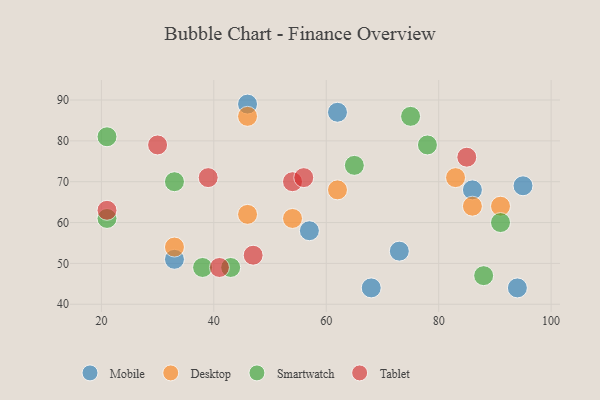
{"axis": {"x": "GDP", "y": "Life Expectancy"}, "legend": ["Desktop", "Mobile", "Smartwatch", "Tablet"], "data": [{"x": "68", "y": 44, "type": "Mobile"}, {"x": "73", "y": 53, "type": "Mobile"}, {"x": "33", "y": 51, "type": "Mobile"}, {"x": "57", "y": 58, "type": "Mobile"}, {"x": "95", "y": 69, "type": "Mobile"}, {"x": "46", "y": 89, "type": "Mobile"}, {"x": "86", "y": 68, "type": "Mobile"}, {"x": "62", "y": 87, "type": "Mobile"}, {"x": "94", "y": 44, "type": "Mobile"}, {"x": "83", "y": 71, "type": "Desktop"}, {"x": "91", "y": 64, "type": "Desktop"}, {"x": "33", "y": 54, "type": "Desktop"}, {"x": "46", "y": 86, "type": "Desktop"}, {"x": "86", "y": 64, "type": "Desktop"}, {"x": "54", "y": 61, "type": "Desktop"}, {"x": "62", "y": 68, "type": "Desktop"}, {"x": "46", "y": 62, "type": "Desktop"}, {"x": "21", "y": 61, "type": "Smartwatch"}, {"x": "65", "y": 74, "type": "Smartwatch"}, {"x": "33", "y": 70, "type": "Smartwatch"}, {"x": "91", "y": 60, "type": "Smartwatch"}, {"x": "21", "y": 81, "type": "Smartwatch"}, {"x": "38", "y": 49, "type": "Smartwatch"}, {"x": "88", "y": 47, "type": "Smartwatch"}, {"x": "75", "y": 86, "type": "Smartwatch"}, {"x": "43", "y": 49, "type": "Smartwatch"}, {"x": "78", "y": 79, "type": "Smartwatch"}, {"x": "21", "y": 63, "type": "Tablet"}, {"x": "41", "y": 49, "type": "Tablet"}, {"x": "85", "y": 76, "type": "Tablet"}, {"x": "47", "y": 52, "type": "Tablet"}, {"x": "30", "y": 79, "type": "Tablet"}, {"x": "39", "y": 71, "type": "Tablet"}, {"x": "54", "y": 70, "type": "Tablet"}, {"x": "56", "y": 71, "type": "Tablet"}]}